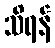
သိရန်